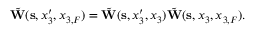
\begin{array} { r } { \tilde { \bf W } ( { \bf s } , x _ { 3 } ^ { \prime } , x _ { 3 , F } ) = \tilde { \bf W } ( { \bf s } , x _ { 3 } ^ { \prime } , x _ { 3 } ) \tilde { \bf W } ( { \bf s } , x _ { 3 } , x _ { 3 , F } ) . } \end{array}